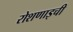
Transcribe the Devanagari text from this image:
रोशणाइची